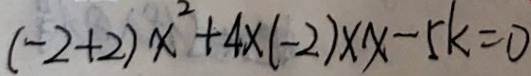
( - 2 + 2 ) x ^ { 2 } + 4 \times ( - 2 ) \times x - 5 k = 0